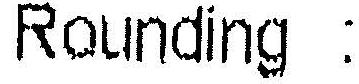
ROUNDING :